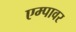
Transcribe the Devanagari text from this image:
एम्पावर